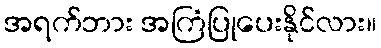
အရက်ဘား အကြံပြုပေးနိုင်လား။